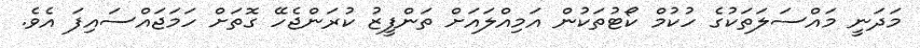
މަދަނީ މައްސަލަތަކުގެ ހުކުމް ކޯޓުތަކުން އަމިއްލައަށް ތަންފީޒު ކުރަންޖެހޭ ގޮތަށް ހަމަޖައްސައިފަ އެވެ.